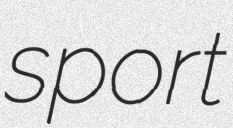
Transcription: sport